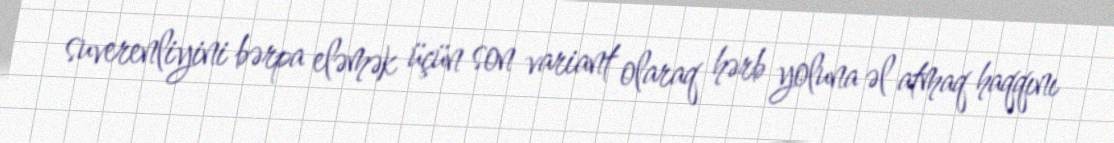
suverenliyini bərpa eləmək üçün son variant olaraq hərb yoluna əl atmaq haqqını